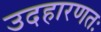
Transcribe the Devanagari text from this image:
उदहारणतः